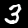
Label: 3